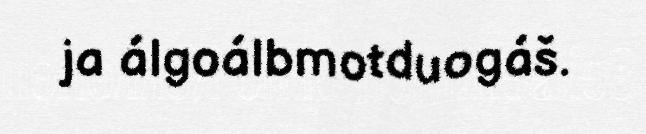
ja álgoálbmotduogáš.